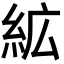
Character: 絋